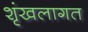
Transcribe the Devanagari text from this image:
शृंखलागत